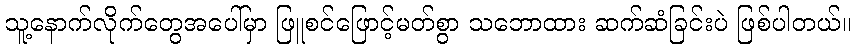
သူ့နောက်လိုက်တွေအပေါ်မှာ ဖြူစင်ဖြောင့်မတ်စွာ သဘောထား ဆက်ဆံခြင်းပဲ ဖြစ်ပါတယ်။